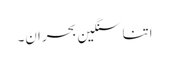
اتنا سنگین بحران۔